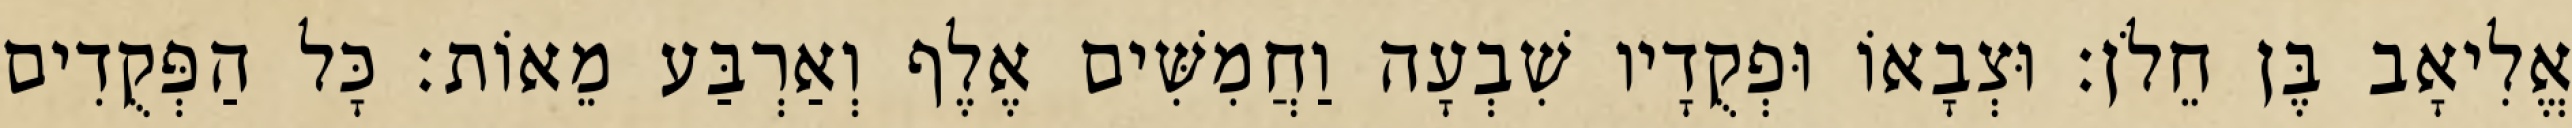
אֱלִיאָב בֶּן חֵלֹן׃ וּצְבָאוֹ וּפְקֻדָיו שִׁבְעָה וַחֲמִשִּׁים אֶלֶף וְאַרְבַּע מֵאוֹת׃ כָּל הַפְּקֻדִים